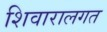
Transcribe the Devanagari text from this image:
शिवारालगत